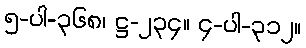
၅-ပါ-၃၆၈၊ ဋ္ဌ-၂၃၄။ ၄-ပါ-၃၁၂။